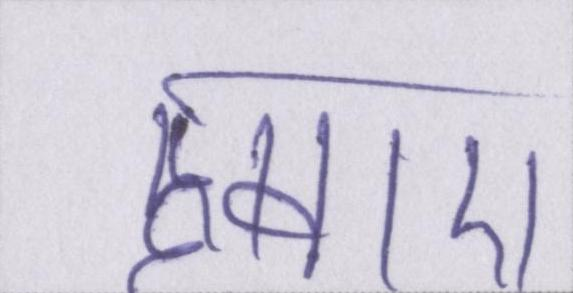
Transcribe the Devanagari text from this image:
हवए